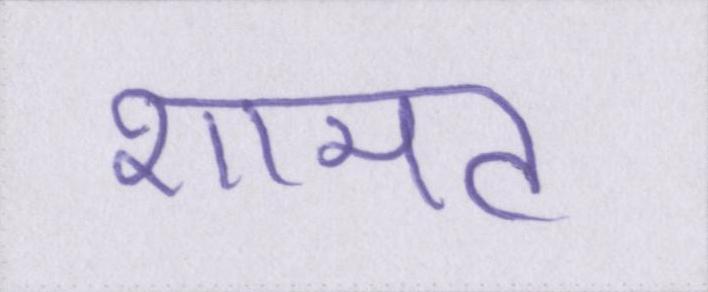
शामत